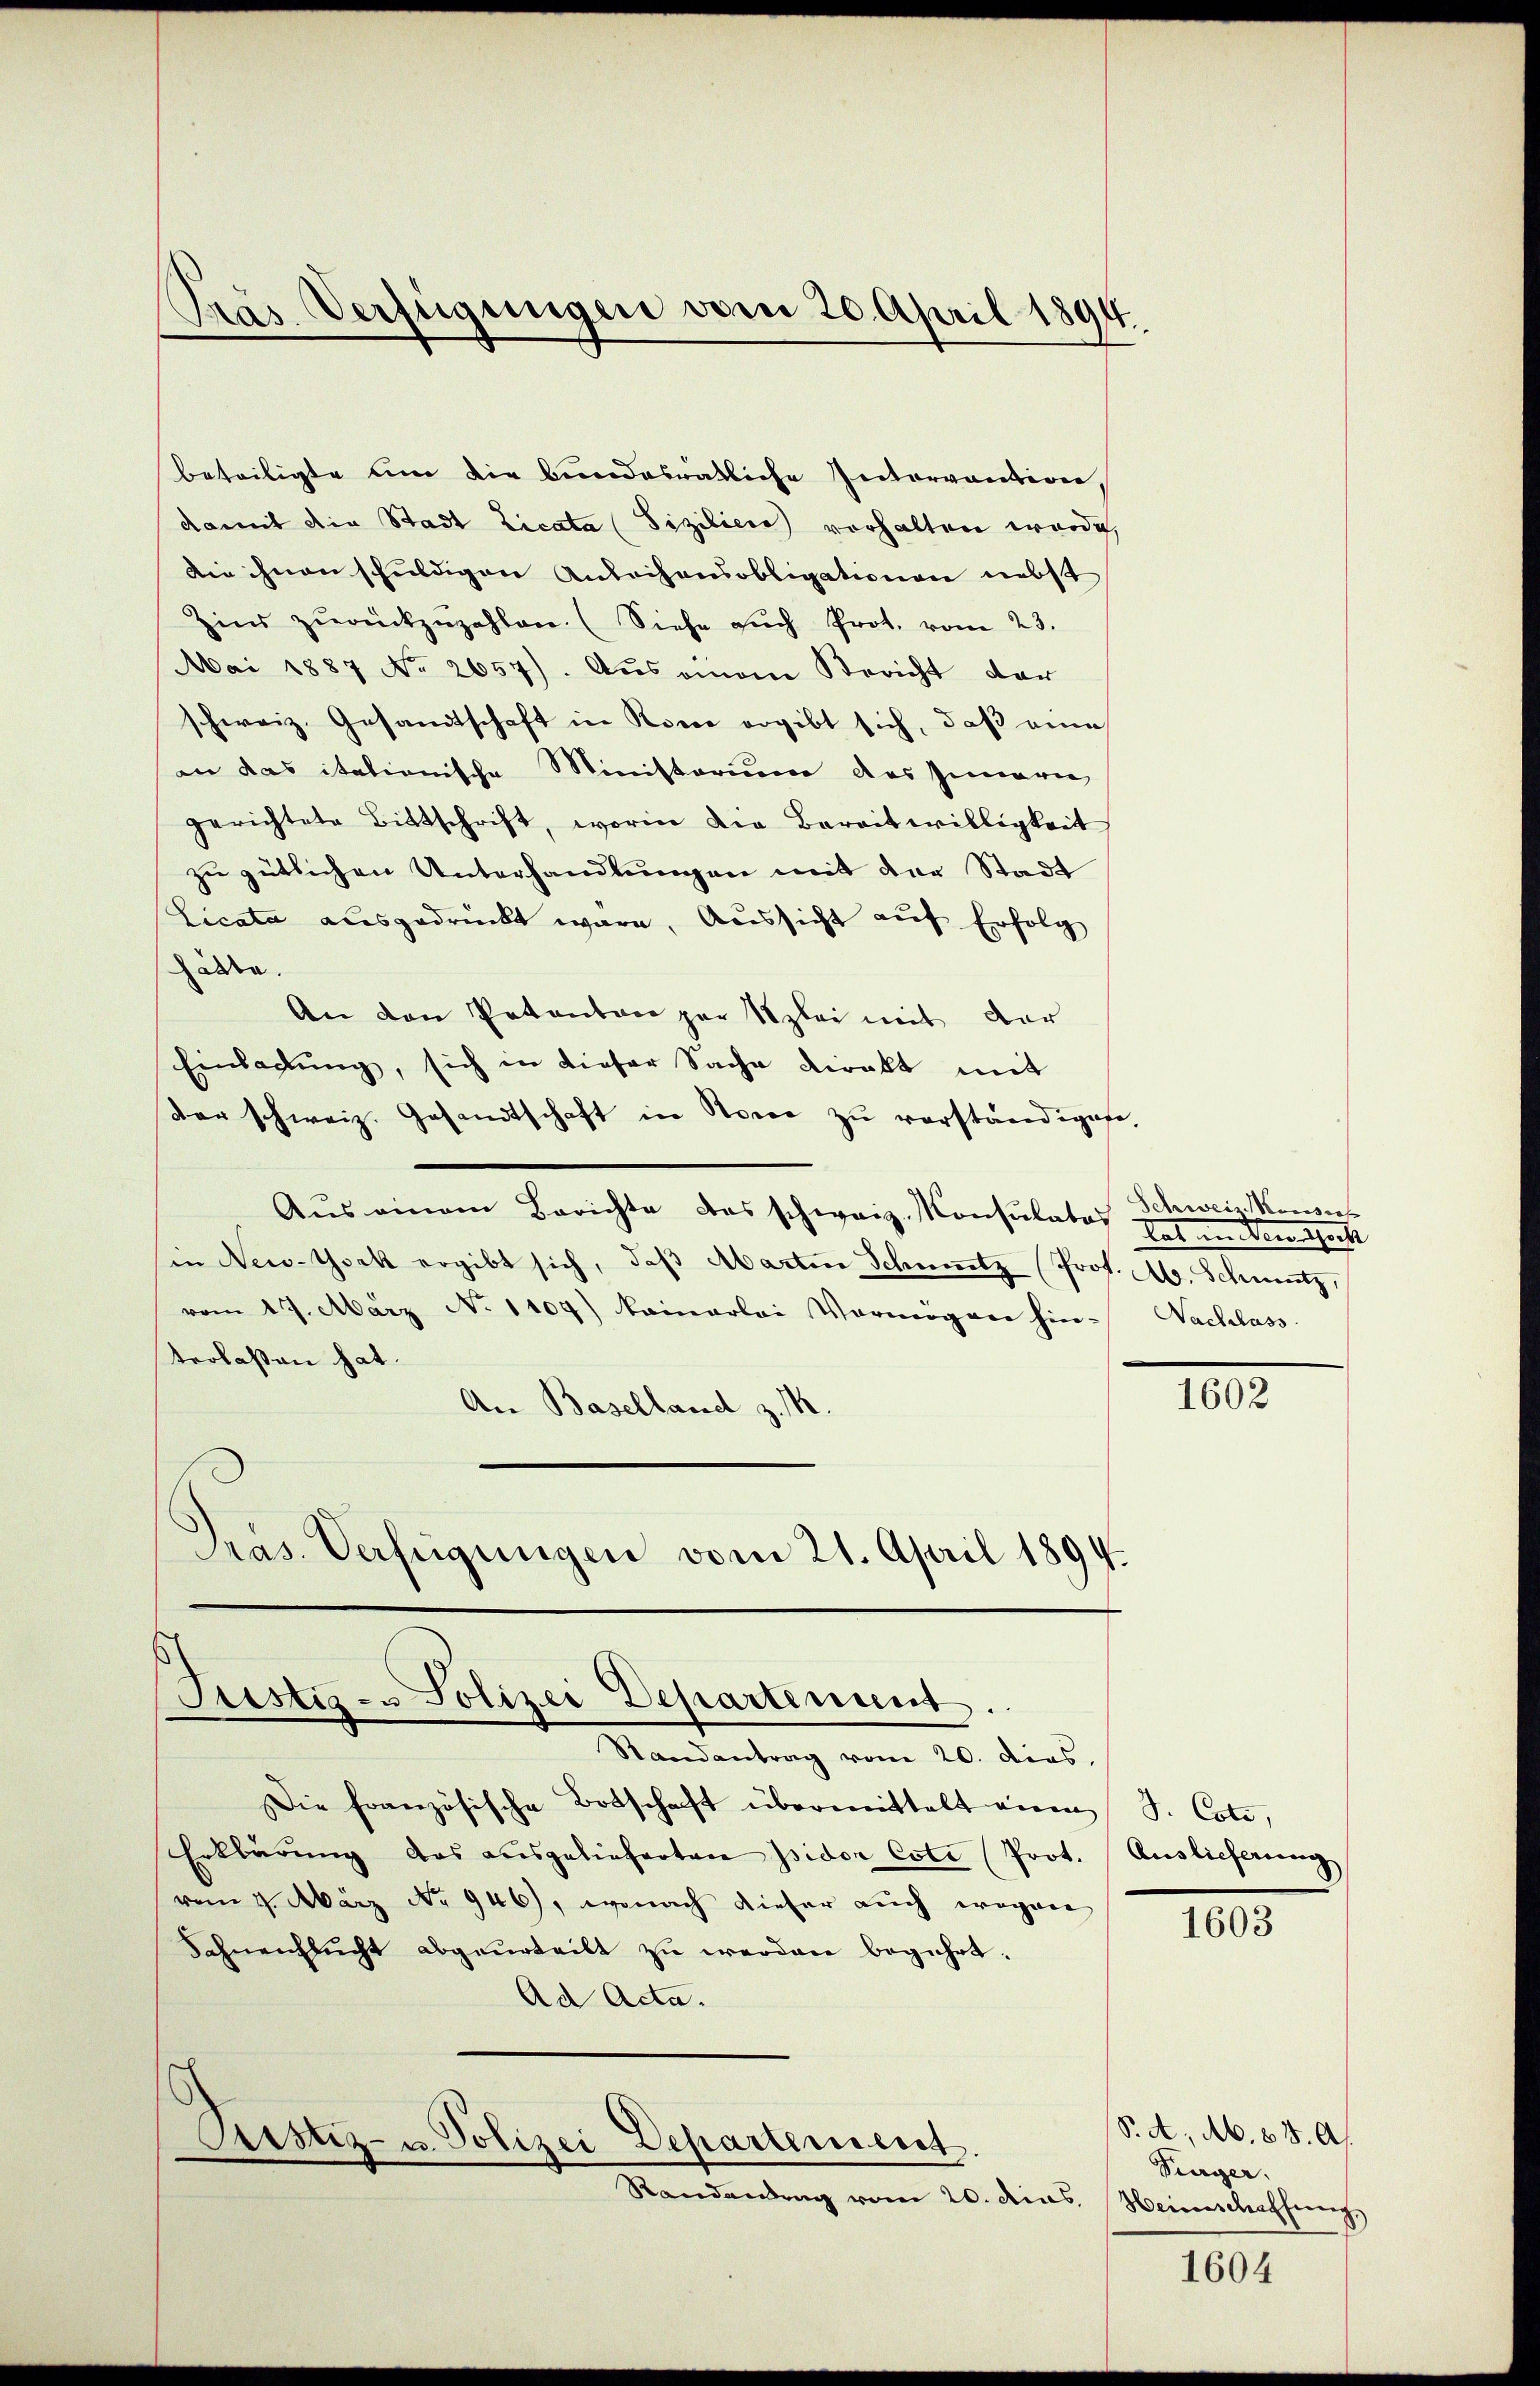
beteiligte um die bundesrätliche Intervention,
damit die Stadt Licata (Fizilien vorhalten würde,
Die ihnen schuldigen Anleihensobligationen nebst
Zins zŭrückzuzahlen. (Siehe aŭch Prot. vom 23.
Mai 1887 No 2657). Aus einem Bericht der
schweiz. Gesandtschaft in Rono ergibt sich, daß eine
an das italionische Ministerium des Inneren
gerichtete Bittschrift, worin die Bereitwilligkeit
zu gütlichen Unterhandlungen mit der Stadt
Licata ausgedrückt wäre. Aussicht auf Erfolg
ale.
An den Petenten par Szlei mit der
Einladŭng, sich in dieser Sache direkt mit
der schweiz. Gesandtschaft in Store zŭ verständigete,
Aŭs einem Berichte das schweiz. Konsulates
in New-York ergibt sich, daß Abarten Schnitz (Prof. Ab. Schmutz
vom 17. März No 1104) kamerlei Vermögen hin- Nachlass
terlaßen hat.
An Baselland z. B.
Pras. Verfügungen vom 21. April 1894.

Pras Verfügungen vom 20. April 1894.

Justiz- & Polizei Departement.

Randantrag vom 20. dies
Die französische Botschaft übermittelt einm
Erklärung das ausgelieferten Isidor Coti (Prot. Auslieferung
vom 4. März No 946), wonach dieser auch wegen
Schneihlŭcht abgeurteilt zŭ werden begehrt.
Ad Acta.
Piustiz- u. Polizei Departement
Randantrag vom 20. dies Heimschaffung

Schweiz. Monsis
tat an den spricht

1602

J. Cote,

1603

1604

S. A. Ab. 68. A.
Turger.